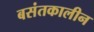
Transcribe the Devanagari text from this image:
बसंतकालीन